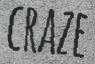
CRAZE